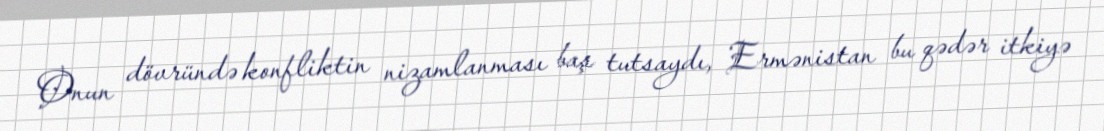
Onun dövründə konfliktin nizamlanması baş tutsaydı, Ermənistan bu qədər itkiyə